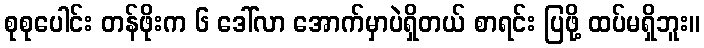
စုစုပေါင်း တန်ဖိုးက ၆ ဒေါ်လာ အောက်မှာပဲရှိတယ် စာရင်း ပြဖို့ ထပ်မရှိဘူး။